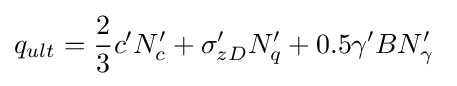
q_{ult}={\frac {2}{3}}c'N'_{c}+\sigma '_{zD}N'_{q}+0.5\gamma 'BN'_{\gamma }\